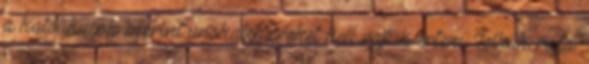
a katólikusok szerint unokatstvéreket kell rajtuk érteni. Lelkük rajta.